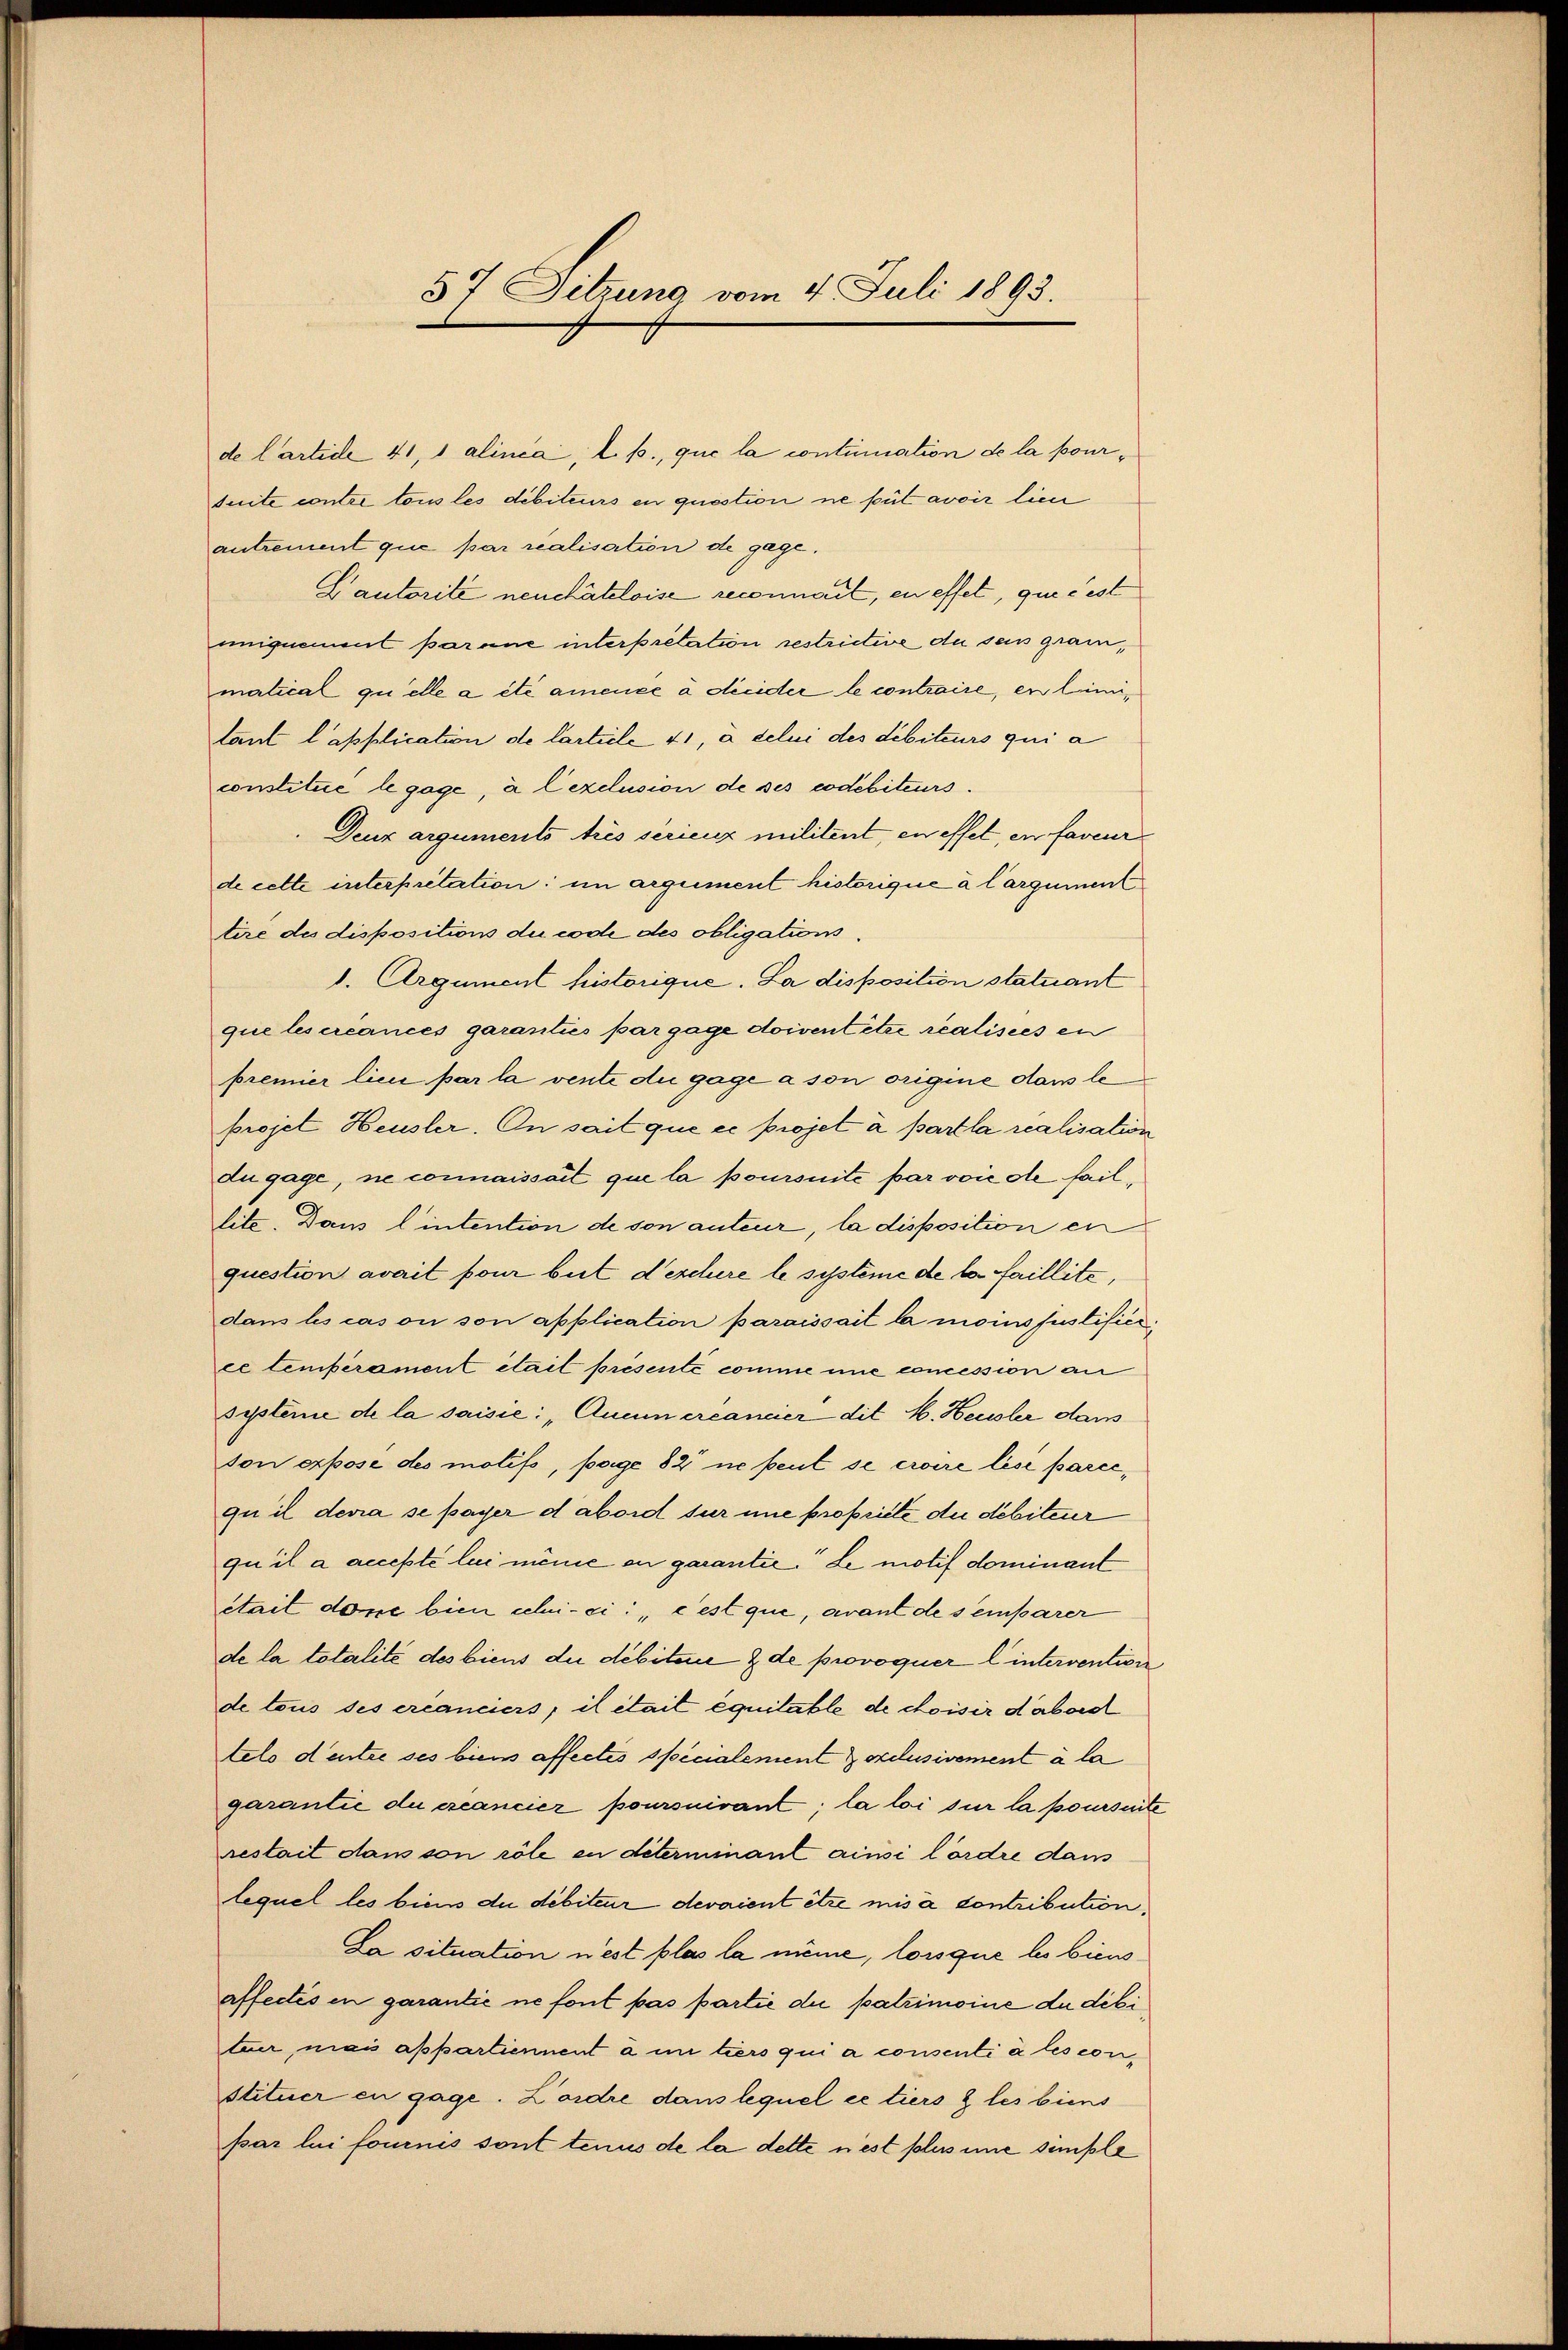
57 Sitzung vom 4. Juli 1893.

de Carticle 41, 1 alinea, l. p., que la contimation de la pourduite contre tous les débiteurs en question ne peut avoir lien
antrement que par realisation de gage.
Cautoritée neuchâteloise reconnait, en effet, que c’est
uniquement parene interpretation restrictive du sein gram,
matical quelle a été amence à décider le contraire, en limilant l’application de larticle 41, à celui des débiteurs qui a
constitue le gage, à l’exclusion de ses codébiteurs.
Denz arguments trés serienz militent, en effet, en faveur
de cette interpretation: im argument historique à largument
tire des dispositions du code des obligations¬
1. Argument historique. La disposition statuant
que les créances garanties par gage doivent être realisies en
premier lieu par la vente du gage à son origine dans leprojet Heusler. On sait que ce projet à part la realisation
du gage, ne connaissait que la poursuite par voie de faillite. Dans lintention de son anteur, la disposition en
question avait pour but deschere le systeme de le faillite,
dans les cas on son application paraissait la moinsfustifier
ce temperament était présenté comme une concession an
systeme de la saisie: „Quem créancier dit H. Heusler dam
son expose des motifs, page 82 ne peut se croire lési parcequ’il devra se payer dabord sur une propriete, die debiteur
qu’il a accepté lui meine en garantie. Le motif dominant
était done bien celui-ci: „cest que, avant des einbarer
de la totalité des biens du débitere & de provoquer l intervention
de tous des créanciers; il était équitable de choisir d’abord
tels deute ses biens affectes specialement exclusivement à la
garantie du créancier poursuivant; la loi sur la poursuite
restact dans son röle en déterminant ainsi lordre dans
lequel les biens du débiteur devaient être mis à contribution,
La situation n’est plas la même, lorsque les biens
affectes in garantie ne font pas partie die patrimoine du débi
tuer, mais appartiennent à un tiers qui a consenti à les constituer en gage. Lordre dans lequel ce tiers & les biens
par lui fournis sont tenus de la dette nest plus une simple